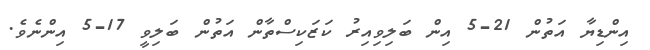
އިންޑިޔާ އަތުން 21-5 އިން ބަލިވިއިރު ކަޒަކިސްތާން އަތުން ބަލިވީ 17-5 އިންނެވެ.